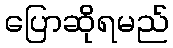
ပြောဆိုရမည်